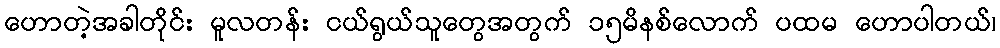
ဟောတဲ့အခါတိုင်း မူလတန်း ငယ်ရွယ်သူတွေအတွက် ၁၅မိနစ်လောက် ပထမ ဟောပါတယ်၊